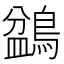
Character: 𪂽